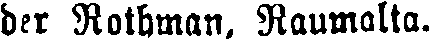
ber Rothman, Raumalta.